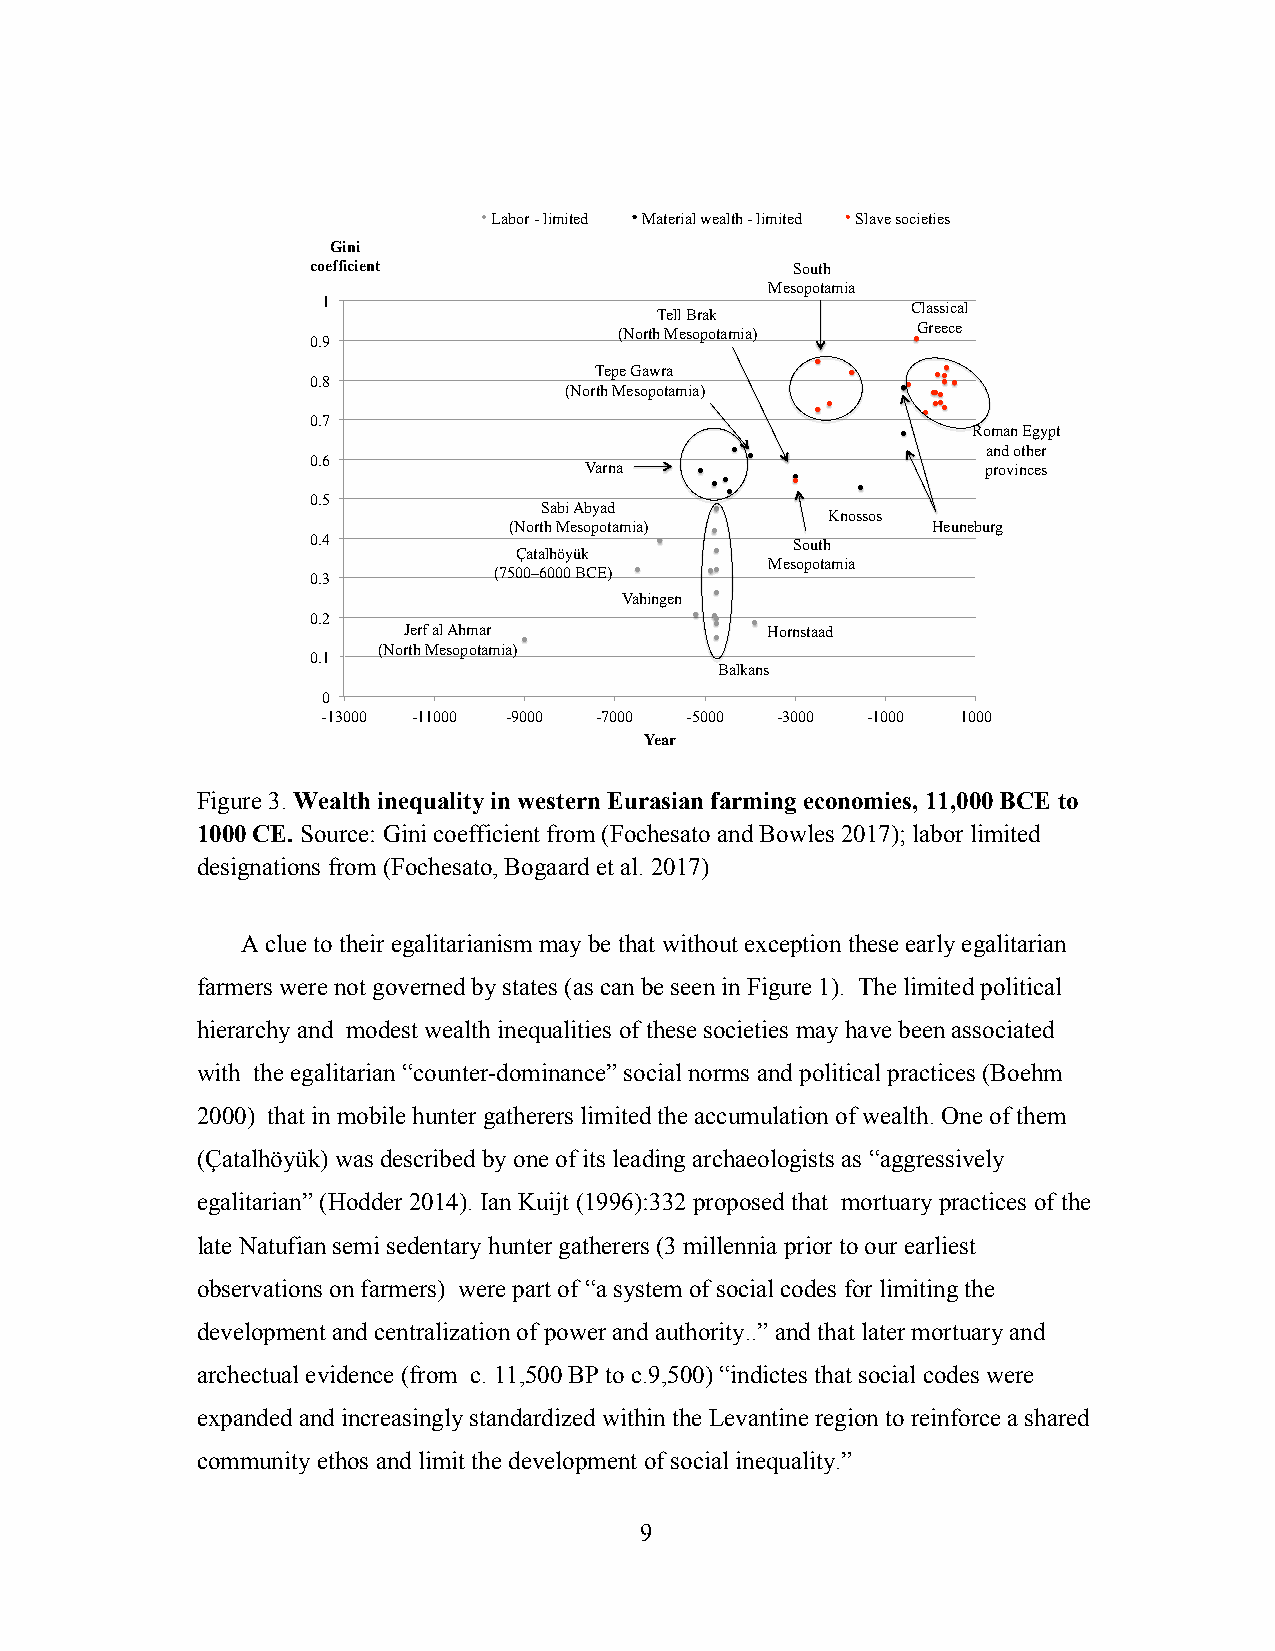
Labor - limited Material wealth - limited Slave societies
 Gini
 coefficient                     South
 Mesopotamia
 1                                      Classical
 Tell Brak
 Greece
 (North Mesopotamia)
 0.9
 Tepe Gawra
 0.8
 (North Mesopotamia)
 0.7
 Roman Egypt
 and other
 0.6
 Varna                     provinces
 0.5
 Sabi Abyad
 Knossos
 (North Mesopotamia)         Heuneburg
 0.4                             South
 Çatalhöyük
 Mesopotamia
 0.3         (7500–6000 BCE)
 Vahingen
 0.2
 Jerf al Ahmar           Hornstaad
 (North Mesopotamia)
 0.1
 Balkans
 0
 -13000 -11000 -9000 -7000 -5000 -3000 -1000 1000
 Year
 Figure 3. Wealth inequality in western Eurasian farming economies, 11,000 BCE to
 1000 CE. Source: Gini coefficient from (Fochesato and Bowles 2017); labor limited
 designations from (Fochesato, Bogaard et al. 2017)
 A clue to their egalitarianism may be that without exception these early egalitarian
 farmers were not governed by states (as can be seen in Figure 1). The limited political
 hierarchy and modest wealth inequalities of these societies may have been associated
 with the egalitarian “counter-dominance” social norms and political practices (Boehm
 2000) that in mobile hunter gatherers limited the accumulation of wealth. One of them
 (Çatalhöyük) was described by one of its leading archaeologists as “aggressively
 egalitarian” (Hodder 2014). Ian Kuijt (1996):332 proposed that mortuary practices of the
 late Natufian semi sedentary hunter gatherers (3 millennia prior to our earliest
 observations on farmers) were part of “a system of social codes for limiting the
 development and centralization of power and authority..” and that later mortuary and
 archectual evidence (from c. 11,500 BP to c.9,500) “indictes that social codes were
 expanded and increasingly standardized within the Levantine region to reinforce a shared
 community ethos and limit the development of social inequality.”
 9